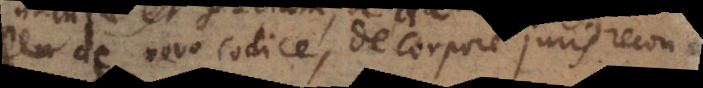
de novo Codice, de corpore juris recon